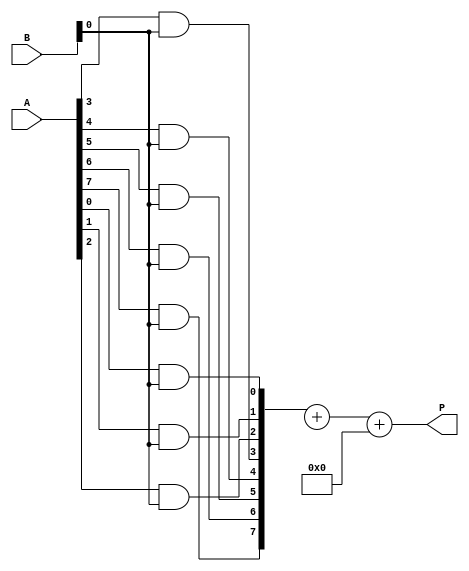
module radix_wallace_multiplier #(parameter WIDTH = 8, parameter RADIX = 8) (
    input  wire [WIDTH-1:0] A,  // multiplicand
    input  wire [WIDTH-1:0] B,  // multiplier
    output wire [2*WIDTH-1:0] P // product
);

    // Partial Product Generation
    wire [WIDTH*RADIX-1:0] partial_products [0:WIDTH-1];
    
    generate
        genvar i, j;
        for (i = 0; i < WIDTH; i = i + 1) begin: gen_partial_products
            for (j = 0; j < RADIX; j = j + 1) begin: gen_bits
                if (i*RADIX + j < WIDTH) begin
                    assign partial_products[i][(i*RADIX + j)] = A[j] & B[i*RADIX +: RADIX];
                end
            end
        end
    endgenerate

    // Wallace Tree Reduction
    wire [WIDTH*RADIX:0] sum [0:(WIDTH*RADIX)/RADIX-1];
    wire [WIDTH*RADIX:0] carry [0:(WIDTH*RADIX)/RADIX-1];
    
    // Initial stage of reduction
    generate
        for (i = 0; i < (WIDTH*RADIX)/RADIX; i = i + 1) begin: reduction_stage
            if (i < (WIDTH * RADIX) / (RADIX * 2)) begin
                assign {carry[i], sum[i]} = partial_products[2*i] + partial_products[2*i + 1];
            end else if (i == (WIDTH * RADIX) / (RADIX * 2)) begin
                assign {carry[i], sum[i]} = partial_products[2*i] + partial_products[2*i + 1];
            end
        end
    endgenerate

    // Final Addition
    wire [2*WIDTH-1:0] final_sum;
    
    assign final_sum = sum[0] + carry[0];

    // Output Product
    assign P = final_sum;

endmodule